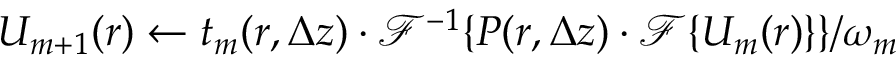
U _ { m + 1 } ( r ) \gets t _ { m } ( r , \Delta z ) \cdot \mathscr { F } ^ { - 1 } \{ { P ( r , \Delta z ) \cdot \mathscr { F } \{ U _ { m } ( r ) \} } \} / \omega _ { m }